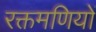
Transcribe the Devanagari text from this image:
रक्तमणियों